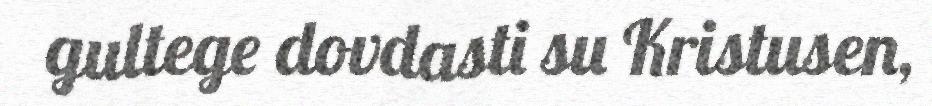
gultege dovdasti su Kristusen,